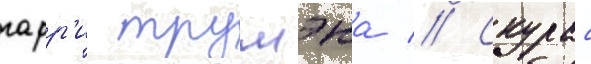
гарр'и трумэна // Скурас